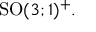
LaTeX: { \mathrm { S O } } ( 3 ; 1 ) ^ { + } .